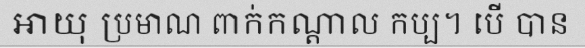
ឤយុ ប្រមាណ ពាក់កណ្តាល កប្ប។ បើ បាន